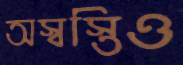
অস্বস্তিও